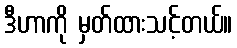
ဒီဟာကို မှတ်ထားသင့်တယ်။